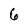
Character: 6